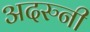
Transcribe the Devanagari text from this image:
अदरुनी